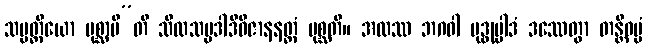
သမ္ပတ္တိယော ပုစ္ဆာမီ”တိ သီလသမ္ပဒါဒိဝိဇာနနတ္ထံ ပုစ္ဆတိ။ အထဿ ဘဂဝါ ဗုဒ္ဓုပ္ပါဒံ ဒဿေတွာ တန္တိဓမ္မံ